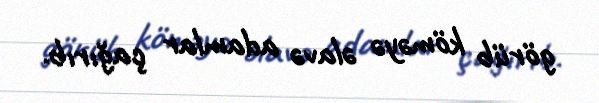
görüb köməyə əlavə adamlar çağırıb.